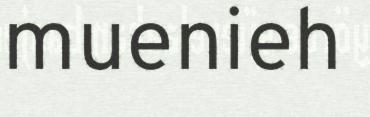
muenieh